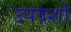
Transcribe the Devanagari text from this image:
उपदशों